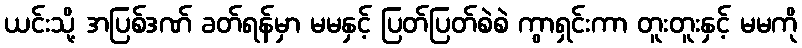
ယင်းသို့ အပြစ်ဒဏ် ခတ်ရန်မှာ မမနှင့် ပြတ်ပြတ်စဲစဲ ကွာရှင်းကာ တူးတူးနှင့် မမကို